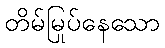
တိမ်မြုပ်နေသော